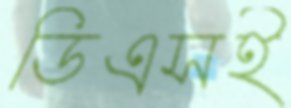
ডিএসই